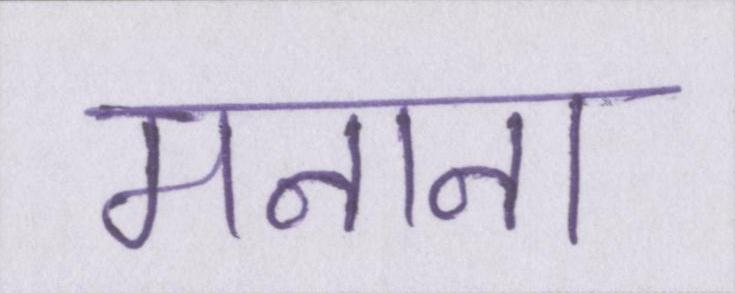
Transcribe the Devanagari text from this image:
मनाना